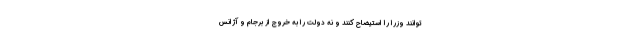
‌توانند وزرا را استیضاح کنند و نه دولت را به خروج از برجام و آژانس